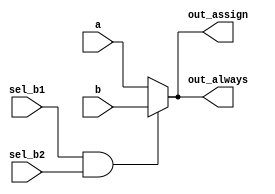

//An if statement usually 
//creates a 2-to-1 multiplexer
// out = (condition) ? true : false;
module top_module(
    input a, b, sel_b1, sel_b2,
    output wire out_assign,
    output reg out_always
);
    assign out_assign = (sel_b1 & sel_b2) ? b : a;

    always@(*)
    begin
      if(sel_b1 & sel_b2)
        out_always = b;
      else
        out_always = a;
    end


endmodule